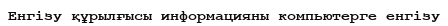
Енгізу құрылғысы информацияны компьютерге енгізу